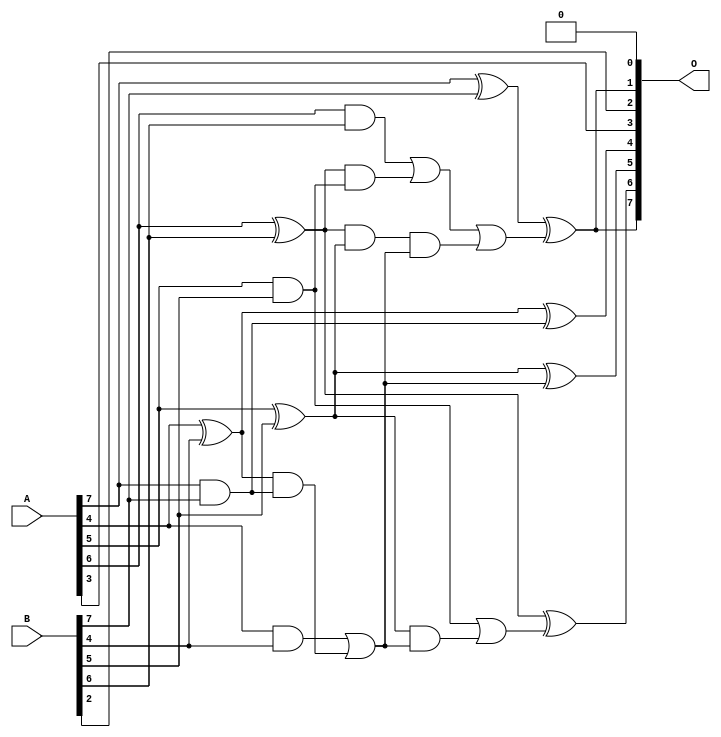
/***
* This code is a part of EvoApproxLib library (ehw.fit.vutbr.cz/approxlib) distributed under The MIT License.
* When used, please cite the following article(s): V. Mrazek, L. Sekanina, Z. Vasicek "Libraries of Approximate Circuits: Automated Design and Application in CNN Accelerators" IEEE Journal on Emerging and Selected Topics in Circuits and Systems, Vol 10, No 4, 2020 
* This file contains a circuit from a sub-set of pareto optimal circuits with respect to the pwr and mse parameters
***/
// MAE% = 6.41 %
// MAE = 8.2 
// WCE% = 14.06 %
// WCE = 18 
// WCRE% = 1500.00 %
// EP% = 97.20 %
// MRE% = 39.40 %
// MSE = 89 
// PDK45_PWR = 0.017 mW
// PDK45_AREA = 38.0 um2
// PDK45_DELAY = 0.35 ns

module add8s_6YE (
    A,
    B,
    O
);

input [7:0] A;
input [7:0] B;
output [7:0] O;

wire sig_22,sig_24,sig_25,sig_26,sig_27,sig_28,sig_29,sig_30,sig_34,sig_36,sig_37,sig_38,sig_39,sig_42,sig_44,sig_53,sig_54,sig_58,sig_59,sig_60;
wire sig_61;

assign sig_22 = A[7] & B[7];
assign sig_24 = A[4] & B[4];
assign sig_25 = A[4] ^ B[4];
assign sig_26 = A[5] & B[5];
assign sig_27 = A[5] ^ B[5];
assign sig_28 = A[6] & B[6];
assign sig_29 = A[6] ^ B[6];
assign sig_30 = A[7] ^ B[7];
assign sig_34 = sig_25 & sig_22;
assign sig_36 = sig_24 | sig_34;
assign sig_37 = sig_29 & sig_26;
assign sig_38 = sig_29 & sig_27;
assign sig_39 = sig_28 | sig_37;
assign sig_42 = sig_38 & sig_36;
assign sig_44 = sig_39 | sig_42;
assign sig_53 = sig_27 & sig_36;
assign sig_54 = sig_26 | sig_53;
assign sig_58 = sig_25 ^ sig_22;
assign sig_59 = sig_27 ^ sig_36;
assign sig_60 = sig_29 ^ sig_54;
assign sig_61 = sig_30 ^ sig_44;

assign O[7] = sig_61;
assign O[6] = sig_60;
assign O[5] = sig_59;
assign O[4] = sig_58;
assign O[3] = A[3];
assign O[2] = B[2];
assign O[1] = sig_61;
assign O[0] = 1'b0;

endmodule